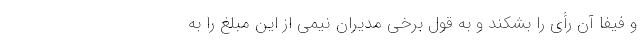
و فیفا آن رأی را بشکند و به قول برخی مدیران نیمی از این مبلغ را به